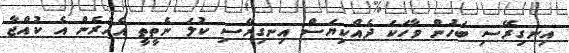
އިނގިރޭސި ބަހުން ވާހަކަ ދެއްކިޔަސް އިނގިރޭސި ކުލަ ނެތީތީ އެއުރެން އެ ކުއްޖާ